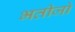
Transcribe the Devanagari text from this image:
भतीजो